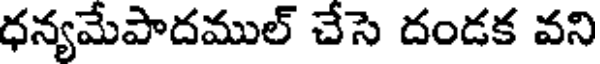
ధన్యమేపాదముల్ చేసె దండక వని